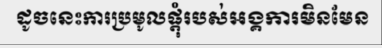
ដូចនេះការប្រមូលផ្តុំរបស់អង្គការមិនមែន